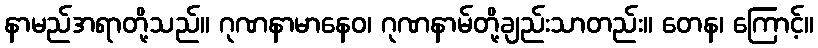
နာမည်အရာတို့သည်။ ဂုဏနာမာနေဝ၊ ဂုဏနာမ်တို့ချည်းသာတည်း။ တေန၊ ကြောင့်။